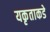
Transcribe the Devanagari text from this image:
यकृताकडे